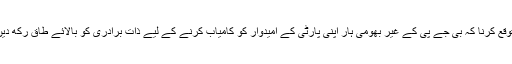
اس طرح کے ماحول میں یہ توقع کرنا کہ بی جے پی کے غیر بھومی ہار اپنی پارٹی کے امیدوار کو کامیاب کرنے کے لیے ذات برادری کو بالائے طاق رکھ دیں گے بس ایک خام خیالی ہے۔